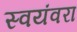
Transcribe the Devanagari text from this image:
स्वयंवरा